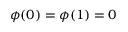
\phi ( 0 ) = \phi ( 1 ) = 0